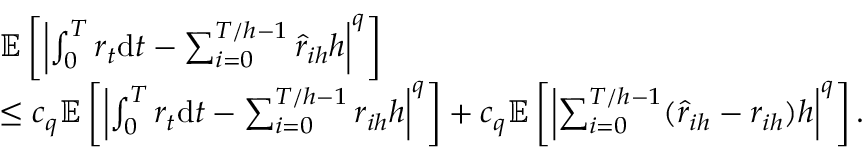
\begin{array} { r l } & { \mathbb { E } \left[ \left| \int _ { 0 } ^ { T } r _ { t } \mathrm { d } t - \sum _ { i = 0 } ^ { T / h - 1 } \hat { r } _ { i h } h \right| ^ { q } \right] } \\ & { \leq c _ { q } \mathbb { E } \left[ \left| \int _ { 0 } ^ { T } r _ { t } \mathrm { d } t - \sum _ { i = 0 } ^ { T / h - 1 } r _ { i h } h \right| ^ { q } \right] + c _ { q } \mathbb { E } \left[ \left| \sum _ { i = 0 } ^ { T / h - 1 } ( \hat { r } _ { i h } - r _ { i h } ) h \right| ^ { q } \right] . } \end{array}